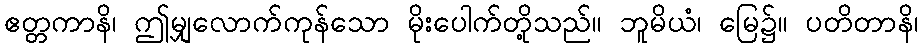
ဧတ္တကာနိ၊ ဤမျှလောက်ကုန်သော မိုးပေါက်တို့သည်။ ဘူမိယံ၊ မြေ၌။ ပတိတာနိ၊